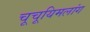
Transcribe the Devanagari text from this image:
चूचूयिमलांग